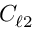
C _ { \ell 2 }